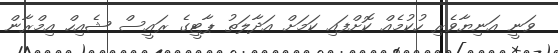
ވަނީ އަނިޔާވެރި ހުކުމެއް ކޮށްފައި ކަމަށް އަދާލަތު ޕާޓީގެ ރައީސް ޝެއިހް އިމްރާން